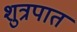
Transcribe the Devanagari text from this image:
शुत्रपात